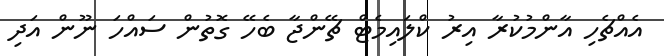
އެއްޗެހި އާންމުކުރާ އިރު ކްލައިމެޓް ޗޭންޖާ ބެހޭ ގޮތުން ސައްހަ ނޫން އަދި